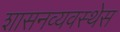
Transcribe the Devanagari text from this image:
शासनव्यवस्थेस